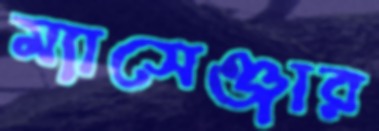
ম্যাসেঞ্জার